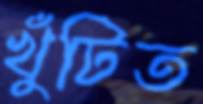
খুঁটিত